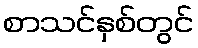
စာသင်နှစ်တွင်